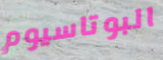
البوتاسيوم